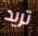
تريد